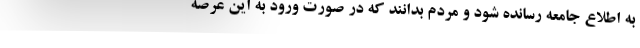
به اطلاع جامعه رسانده شود و مردم بدانند که در صورت ورود به این عرصه